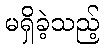
မရှိခဲ့သည့်